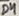
Text: D4